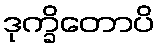
ဒုက္ခိတောပိ